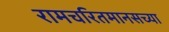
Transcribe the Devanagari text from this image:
रामचरितमानसच्या